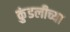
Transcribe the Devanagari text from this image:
कुंडलीच्या